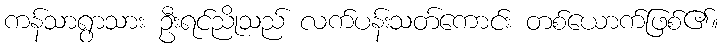
ကန်သာရွာသား ဦးရင်ညိုသည် လက်ပန်းသတ်ကောင်း တစ်ယောက်ဖြစ်၏။